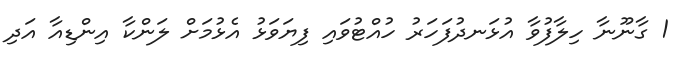
1 ގާނޫނާ ހިލާފުވާ އުޅަނދުފަހަރު ހުއްޓުވައި ފިޔަވަޅު އެޅުމަށް ލަންކާ އިންޑިއާ އަދި